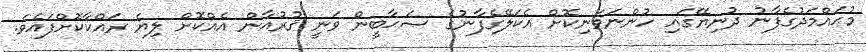
މުޙައްމަދުގެފާނު ދުނިޔޭގައި ހުންނަވަނިކޮށް އެކަލޭގެފާނުގެ ޞަޙާބީން ވަނީ ޤުރުއާން އެއްކޮށް ލިޔެ ރައްކާކޮށްފައެވެ.